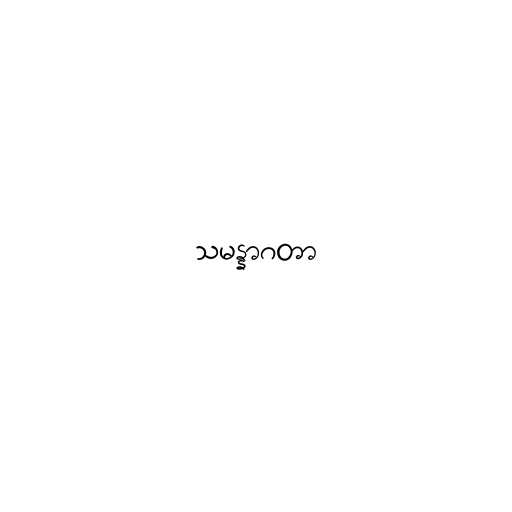
သမန္နာဂတာ